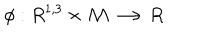
\phi : R ^ { 1 , 3 } \times { \cal M } \longrightarrow R